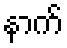
နာက်